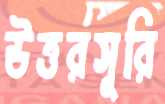
উত্তরসূরি